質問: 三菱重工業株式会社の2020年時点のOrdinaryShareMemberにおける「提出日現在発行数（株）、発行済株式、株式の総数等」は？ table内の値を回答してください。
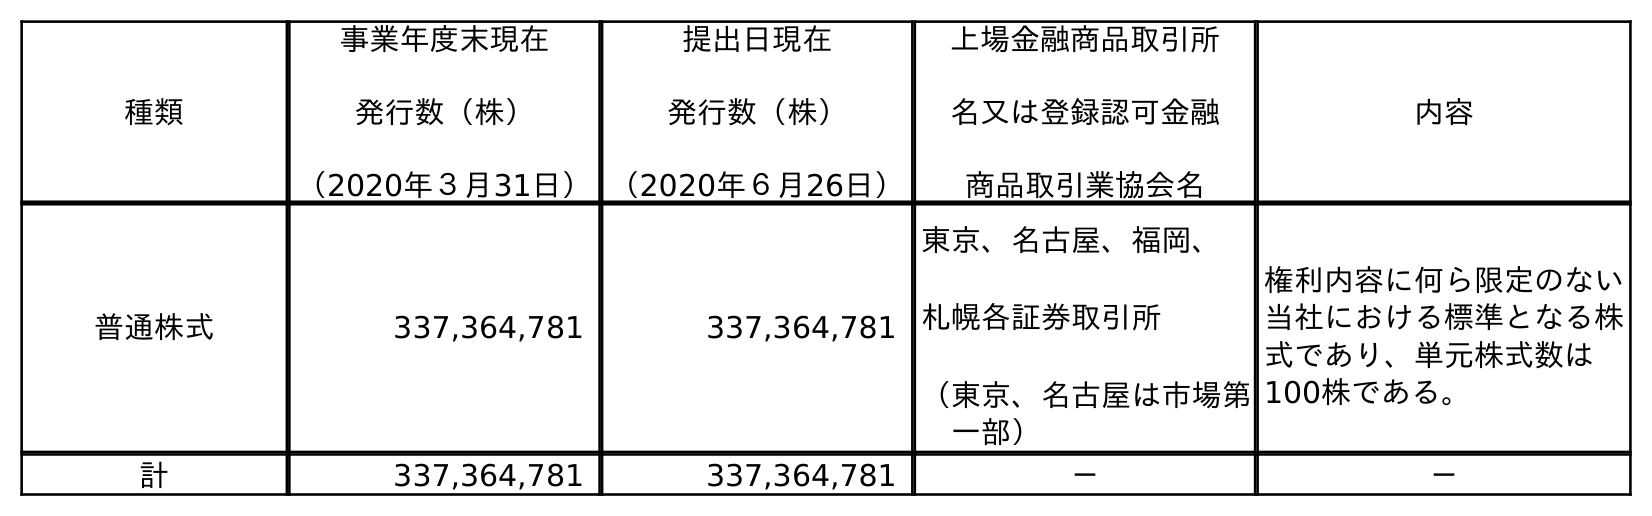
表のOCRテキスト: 種類 事業年度末現在 発行数（株） （2020年３月31日） 提出日現在 発行数（株） （2020年６月26日） 上場金融商品取引所 名又は登録認可金融 商品取引業協会名 内容 普通株式 337,364,781 337,364,781 東京、名古屋、福岡、 札幌各証券取引所 （東京、名古屋は市場第 一部） 権利内容に何ら限定のない 当社における標準となる株 式であり、単元株式数は 100株である。 計 337,364,781 337,364,781 － －
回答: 337,364,781